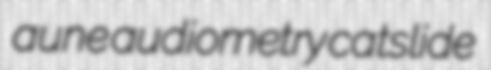
aune audiometry catslide